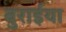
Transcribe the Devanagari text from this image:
बुरार्इया